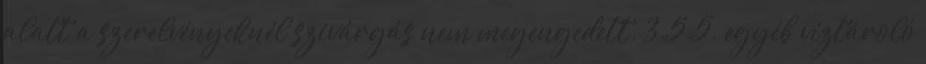
alatt a szerelvényeknél szivárgás nem megengedett. 3.5.5. egyéb víztároló